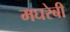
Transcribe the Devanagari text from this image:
मघरेबी